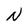
Character: N